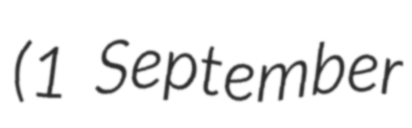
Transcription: (1 September